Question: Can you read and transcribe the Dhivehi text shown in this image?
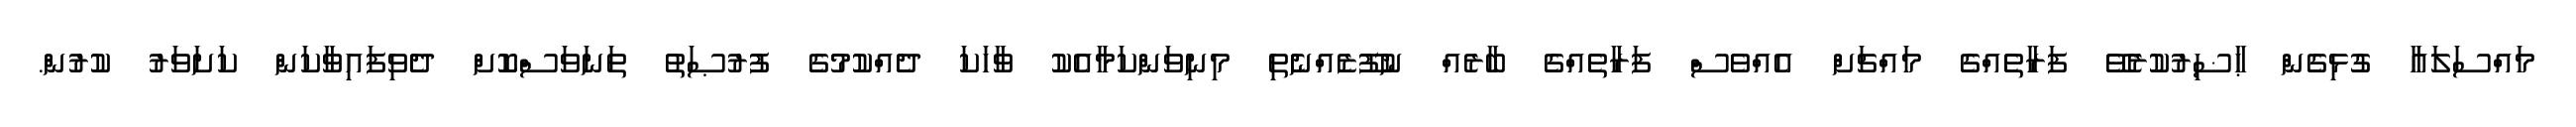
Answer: މައްސަލައާ ގުޅިގެން ޙާޟިރުކުރެވޭ ފަރާތެއްގެ މައްޗަށް އެއްވެސް ފަރާތެއްގެ ބާރެއް ނުފޫޒެއްނެތި މިނިވަންކަމާއެކު ވާހަކަ ދެއްކުމުގެ ފުރުޞަތު ތަނަވަސްކޮށް ދެވިފައިވާކަން ކަށަވަރު ކުރުން.